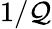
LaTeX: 1/\mathcal{Q}